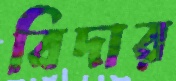
বিদার